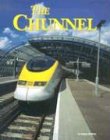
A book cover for Building World Landmarks - Chunnel; Joanne Mattern; Children's Books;